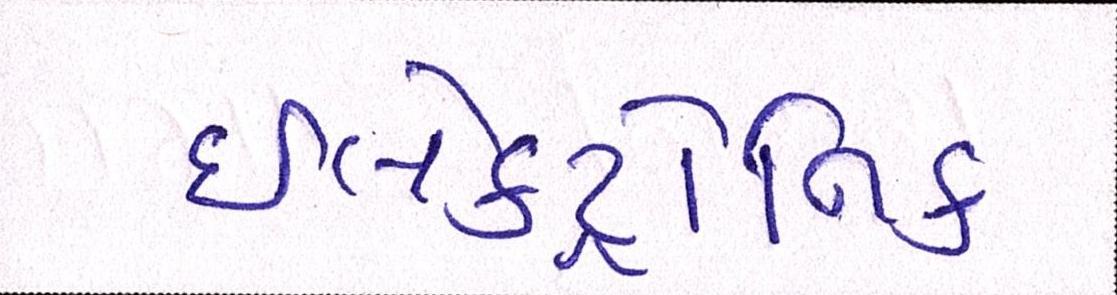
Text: ઇલેક્ટ્રોનિક